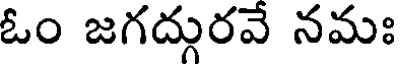
ఓం జగద్గురవే నమః